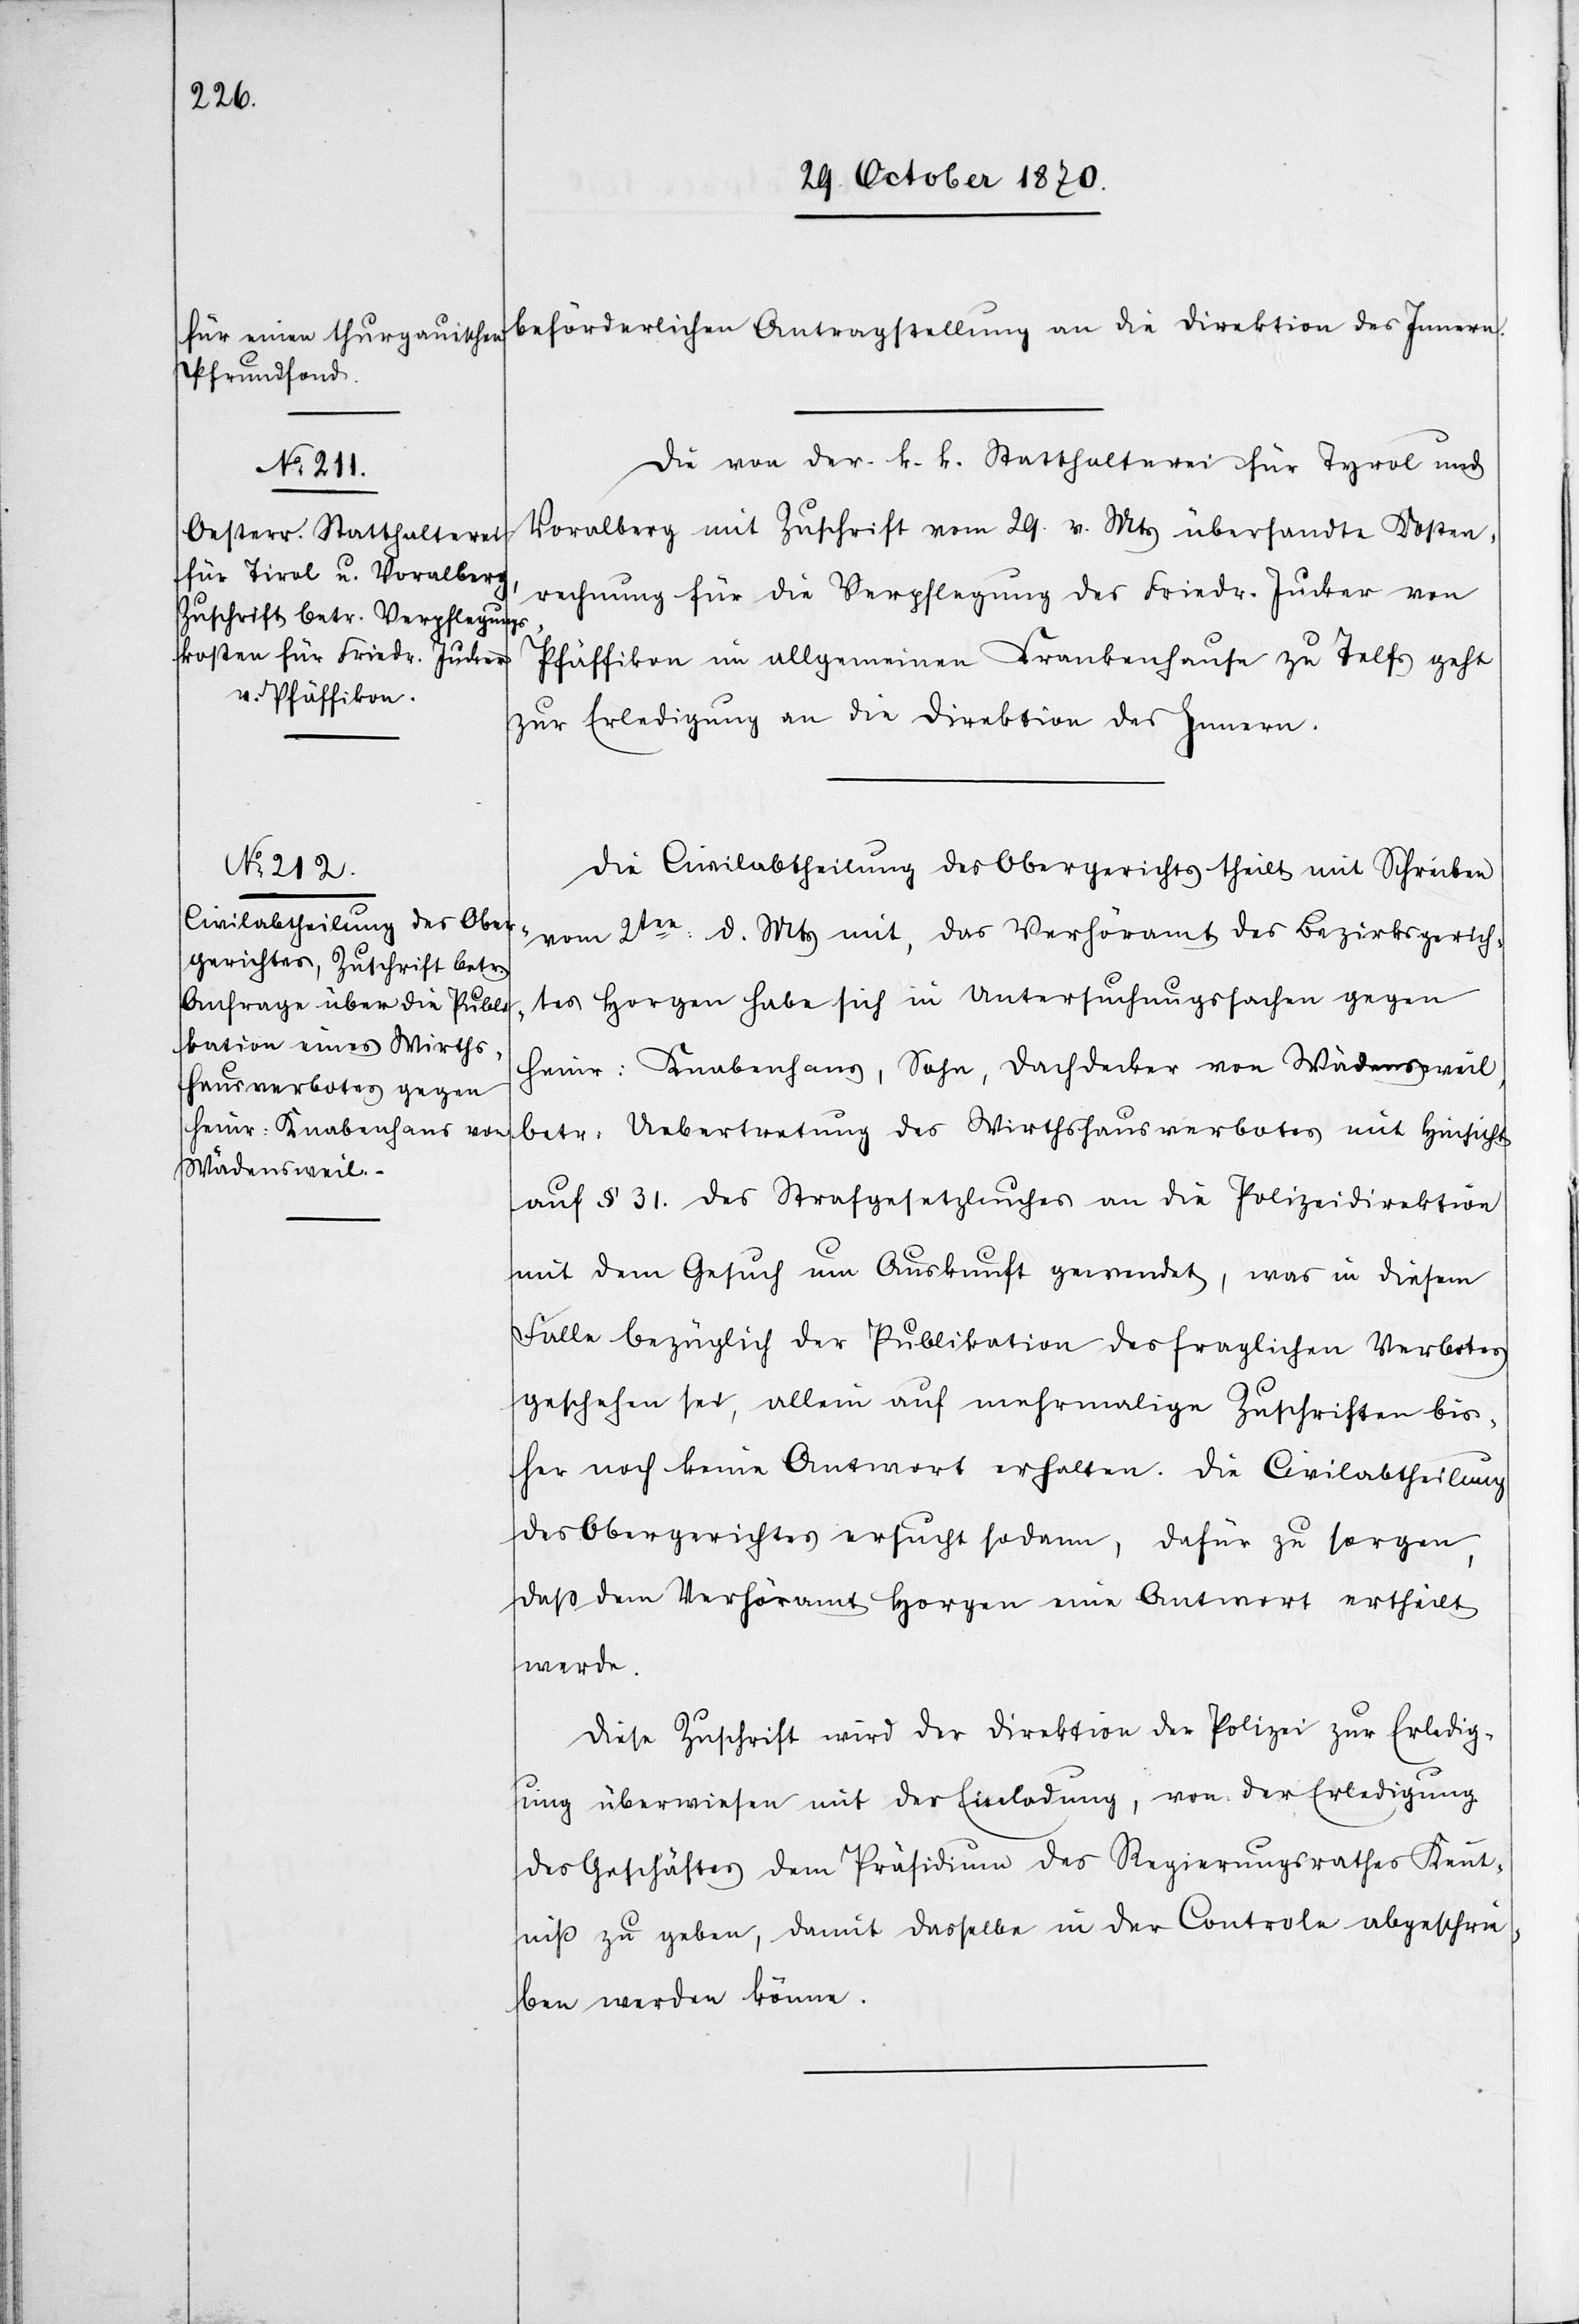
Die von der k. k. Statthalterei für Tyrol und
Voralberg mit Zuschrift vom 29. v. Mts. übersandte Kosten¬
rechnung für die Verpflegung des Friedr. Jucker von
Pfäffikon im allgemeinen Krankenhause zu Telfs geht
zur Erledigung an die Direktion des Innern.
Die Civilabtheilung des Obergerichts theilt mit Schreiben
vom 2ten d. Mts mit, das Verhöramt des Bezirksgerich¬
tes Horgen habe sich in Untersuchungssachen gegen
Heinr: Knabenhans, Sohn, Dachdecker von Wädensweil,
betr: Uebertretung des Wirthshausverbotes mit Hinsicht
auf § 31. des Strafgesetzbuches an die Polizeidirektion
mit dem Gesuch um Auskunft gewendet, was in diesem
Falle bezüglich der Publikation des fraglichen Verbotes
geschehen sei, allein auf mehrmalige Zuschriften bis¬
her noch keine Antwort erhalten. Die Civilabtheilung
des Obergerichtes ersucht sodann, dafür zu sorgen,
daß dem Verhöramt Horgen eine Antwort ertheilt
werde.
Diese Zuschrift wird der Direktion der Polizei zur Erledig¬
ung überwiesen mit der Einladung, von der Erledigung
des Geschäftes dem Präsidium des Regierungsrathes Kennt¬
niß zu geben, damit dasselbe in der Controle abgeschrie¬
ben werden könne.